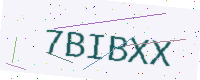
Text: 7BIBXX